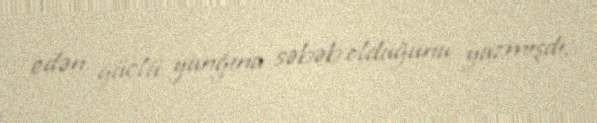
edən güclü yanğına səbəb olduğunu yazmışdı.